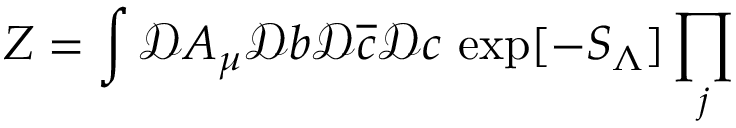
Z = \int \mathcal { D } A _ { \mu } \mathcal { D } b \mathcal { D } \overline { { c } } \mathcal { D } c \, \exp [ - S _ { \Lambda } ] \prod _ { j }